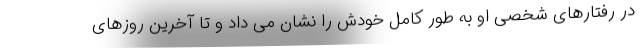
در رفتارهای شخصی او به طور کامل خودش را نشان می داد و تا آخرین روزهای